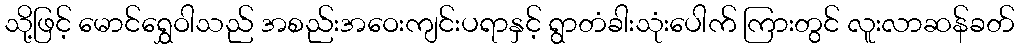
သို့ဖြင့် မောင်ရွှေဝါသည် အစည်းအဝေးကျင်းပရာနှင့် ရွာတံခါးသုံးပေါက် ကြားတွင် လူးလာဆန်ခတ်